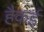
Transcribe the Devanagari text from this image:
हैकई